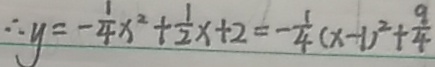
\therefore y = - \frac { 1 } { 4 } x ^ { 2 } + \frac { 1 } { 2 } x + 2 = - \frac { 1 } { 4 } ( x - 1 ) ^ { 2 } + \frac { 9 } { 4 }